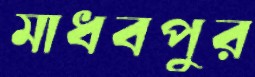
মাধবপুর